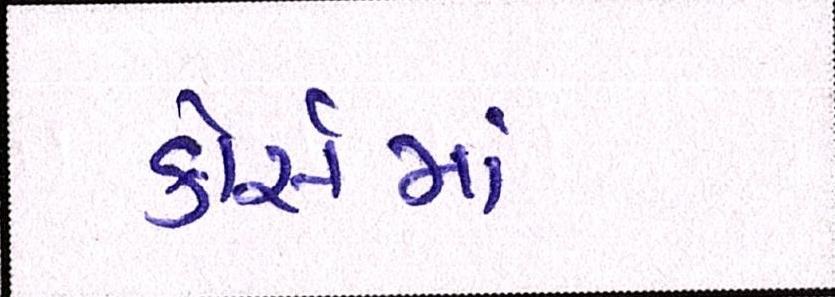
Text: કોસૅમાં